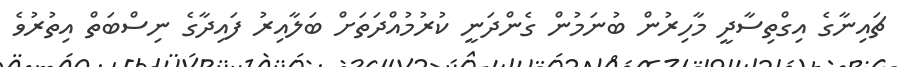
ޗައިނާގެ އިގްތިސާދީ މާހިރުން ބުނަމުން ގެންދަނީ ކުރުމުއްދަތަށް ބަލާއިރު ފައިދާގެ ނިސްބަތް އިތުރުވެ